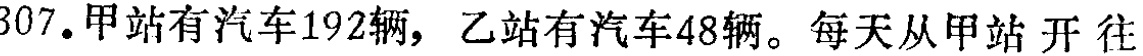
307. 甲站有汽车192辆，乙站有汽车48辆。每天从甲站开往